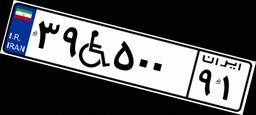
۶۵W۸۵۵۰۰